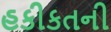
હકીકતની